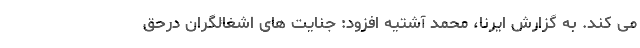
می کند. به گزارش ایرنا، محمد آشتیه افزود: جنایت های اشغالگران درحق